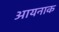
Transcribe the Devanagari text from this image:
आयनाक